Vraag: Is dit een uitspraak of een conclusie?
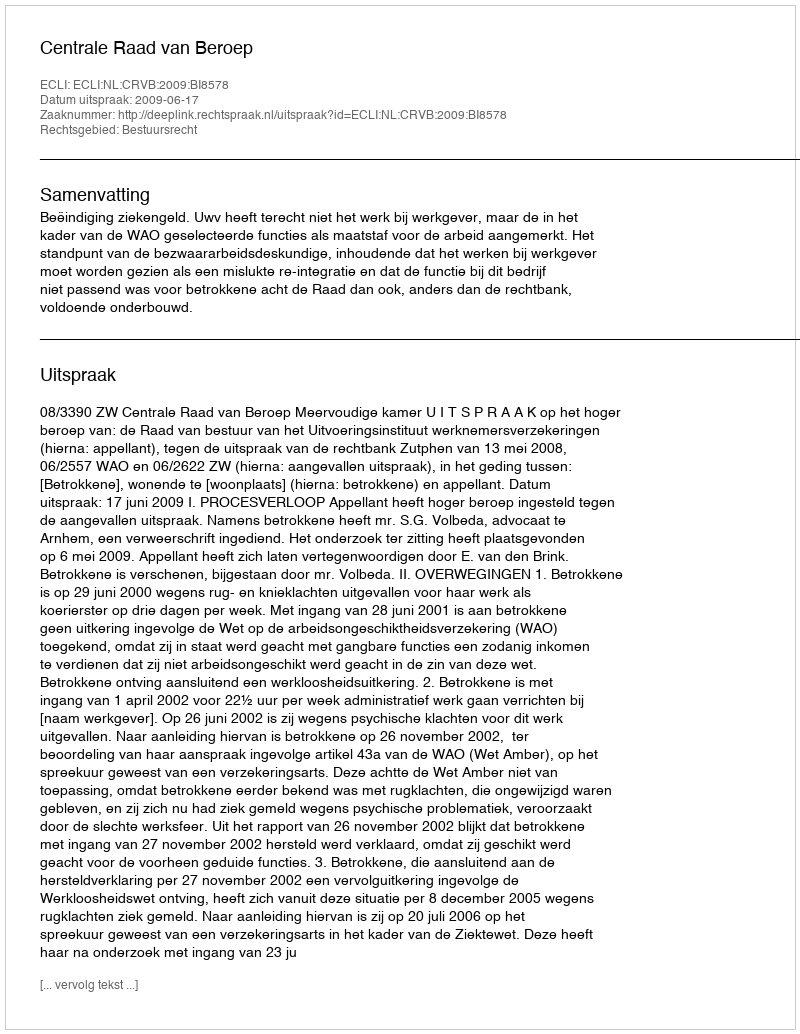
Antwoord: Uitspraak